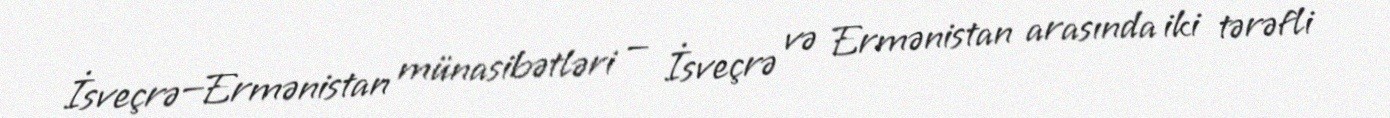
İsveçrə—Ermənistan münasibətləri — İsveçrə və Ermənistan arasında iki tərəfli